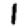
Digit: 1